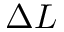
\Delta L